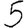
Digit: 5